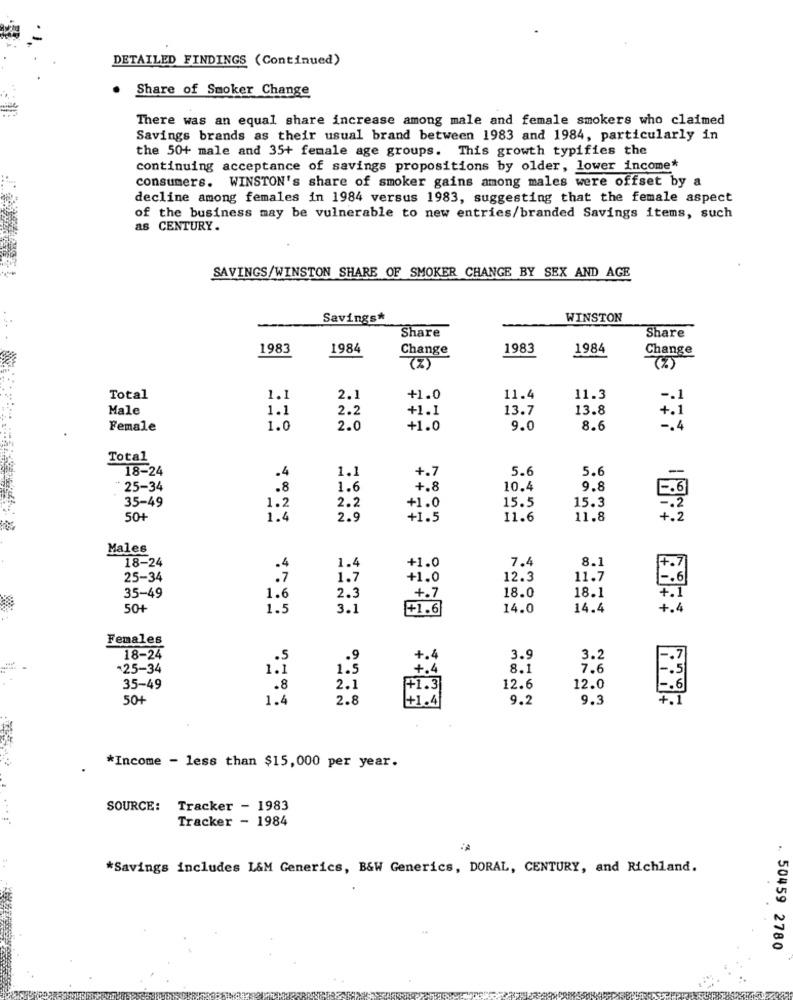
DETAILED FINDINGS (Continued)
Share of Smoker Change
There was an equal share increase among male and female smokers who claimed
Savings brands as their usual brand between 1983 and 1984, particularly in
the 50+ male and 35+ female age groups. This growth typifies the
continuing acceptance of savings propositions by older, lower income*
consumers. WINSTON's share of smoker gains among males were offset by a
decline among females in 1984 versus 1983, suggesting that the female aspect
of the business may be vulnerable to new entries/branded Savings items, such
as CENTURY.
SAVINGS/WINSTON SHARE OF SMOKER CHANGE BY SEX AND AGE
Savings*
WINSTON
Share
Share
1983
1984
Change
1983
1984
Change
(%)
(%)
Total
1.1
2.1
+1.0
11.4
11.3
-. 1
Male
1.1
2.2
+1.1
13.7
13.8
+ . 1
Female
1.0
2.0
+1.0
9.0
8.6
-. 4
Total
18-24
+.7
5.6
5.6
.4
1.1
25-34
.8
1.6
+.8
10.4
9.8
35-49
1.2
2.2
15.5
15.3
E .6
+1.0
504
1.4
2.9
+1.5
11.6
11.8
Males
18-24
+1.0
7.4
8.1
1.4
25-34
1.7
+1.0
12.3
11.7
18.1
35-49
1.6
2.3
+.7
18.0
+.1
504
1.5
3.1
+1.6
14.0
14.4
+.4
Females
18-24
.5
.9
+.4
3.9
3.2
-. 7
-25-34
1.3
1.5
+.4
8.1
7.6
35-49
.8
2.1
++1.3
12.6
12.0
-. 6
50+
1.4
2.8
+1.4
9.2
9.3
+.1
*Income - less than $15,000 per year.
SOURCE:
Tracker - 1983
Tracker - 1984
*Savings includes L&M Generics, B&W Generics, DORAL, CENTURY, and Richland.
.. 50459 2780